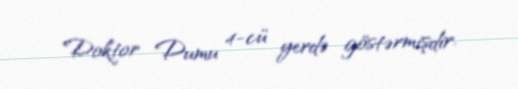
Doktor Dumu 4-cü yerdə göstərmişdir.